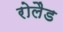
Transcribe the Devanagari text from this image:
रोलैड